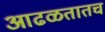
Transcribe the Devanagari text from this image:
आढळतातच